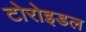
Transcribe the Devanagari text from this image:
टोरोइडल